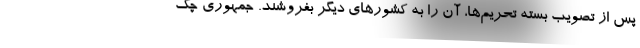
پس از تصویب بسته تحریم‌ها، آن را به کشورهای دیگر بفروشند. جمهوری چک